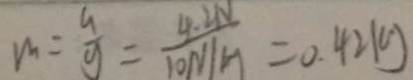
m = \frac { G } { g } = \frac { 4 . 2 N } { 1 0 N / k g } = 0 . 4 2 k g